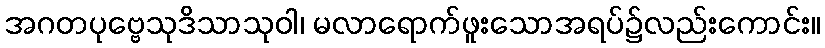
အဂတပုဗ္ဗေသုဒိသာသုဝါ၊ မလာရောက်ဖူးသောအရပ်၌လည်းကောင်း။